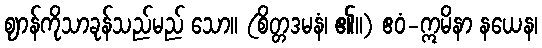
ဈာန်ကိုသာခုန်သည်မည် သော။ (စိတ္တဒမနံ၊ ၏။) ဧဝံ-ဣမိနာ နယေန၊